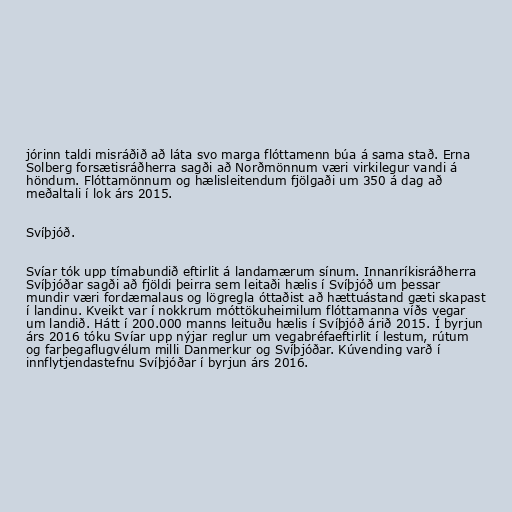
jórinn taldi misráðið að láta svo marga flóttamenn búa á sama stað. Erna
Solberg forsætisráðherra sagði að Norðmönnum væri virkilegur vandi á
höndum. Flóttamönnum og hælisleitendum fjölgaði um 350 á dag að
meðaltali í lok árs 2015.

Svíþjóð.

Svíar tók upp tímabundið eftirlit á landamærum sínum. Innanríkisráðherra
Svíþjóðar sagði að fjöldi þeirra sem leitaði hælis í Svíþjóð um þessar
mundir væri fordæmalaus og lögregla óttaðist að hættuástand gæti skapast
í landinu. Kveikt var í nokkrum móttökuheimilum flóttamanna víðs vegar
um landið. Hátt í 200.000 manns leituðu hælis í Svíþjóð árið 2015. Í byrjun
árs 2016 tóku Svíar upp nýjar reglur um vegabréfaeftirlit í lestum, rútum
og farþegaflugvélum milli Danmerkur og Svíþjóðar. Kúvending varð í
innflytjendastefnu Svíþjóðar í byrjun árs 2016.